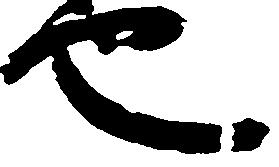
也